Annual report of the Punjab Veterinary College and of the Civil Veterinary Department, Punjab - 1926-1932
Year: 1926
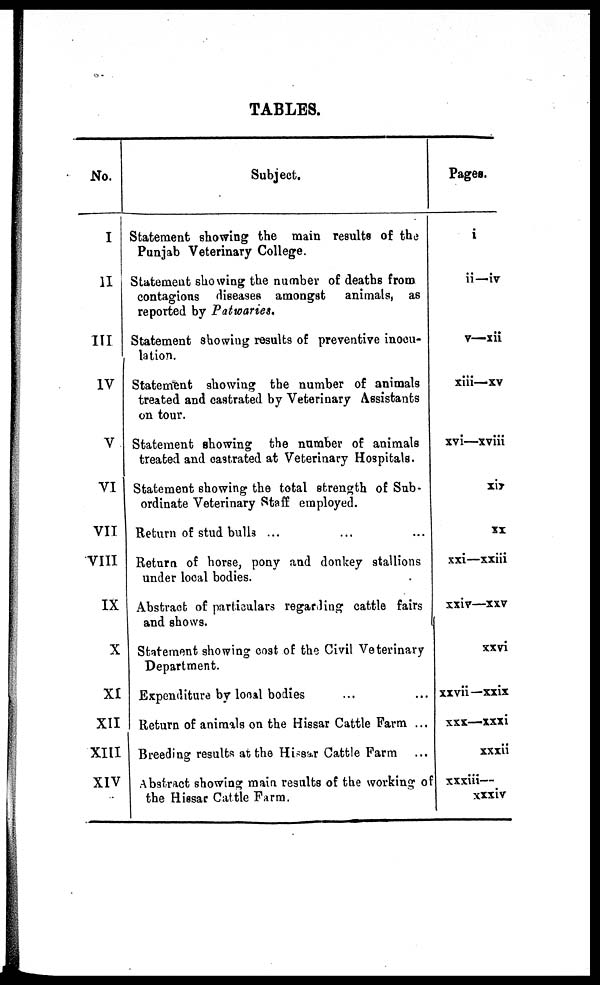
TABLES.
No.
I
II
III
IV
V
VI
VII
VIII
IX
X
XI
XII
XIII
XIV
Subject.
Statement showing the main results of the
Punjab Veterinary College.
Statement showing the number of deaths from
contagions diseases amongst animals, as
reported by Patwaries.
Statement showing results of preventive inocu-
lation.
Statement showing the number of animals
treated and castrated by Veterinary Assistants
on tour.
Statement showing the number of animals
treated and castrated at Veterinary Hospitals.
Statement showing the total strength of Sub-
ordinate Veterinary Staff employed.
Return of stud bulls ... ... ...
Return of horse, pony and donkey stallions
under local bodies.
Abstract of particulars regarding cattle fairs
and shows.
Statement showing cost of the Civil Veterinary
Department.
Expenditure by local bodies ... ...
Return of animals on the Hissar Cattle Farm ...
Breeding results at the Hissar Cattle Farm ...
Abstract showing main results of the working of
the Hissar Cattle Farm.
Pages.
i
ii—iv
v—xii
xiii—xv
xvi—xviii
xiv
XX
xxi—xxiii
xxiv—xxv
xxvi
xxvii—xxix
xxx—xxxi
xxxii
xxxiii—
xxxiv